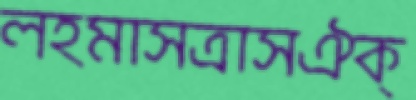
লহমাসত্রাসঐক্